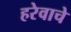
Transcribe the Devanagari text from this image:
हरेवाचे